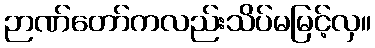
ဉာဏ်တော်ကလည်းသိပ်မမြင့်လှ။